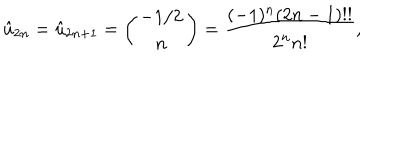
LaTeX: \hat { u } _ { 2 n } = \hat { u } _ { 2 n + 1 } = \left( \begin{array} { c } { { - 1 / 2 } } \\ { { n } } \\ \end{array} \right) = { \frac { ( - 1 ) ^ { n } ( 2 n - 1 ) ! ! } { 2 ^ { n } n ! } } ,